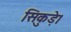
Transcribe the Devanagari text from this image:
सिकुड़े।